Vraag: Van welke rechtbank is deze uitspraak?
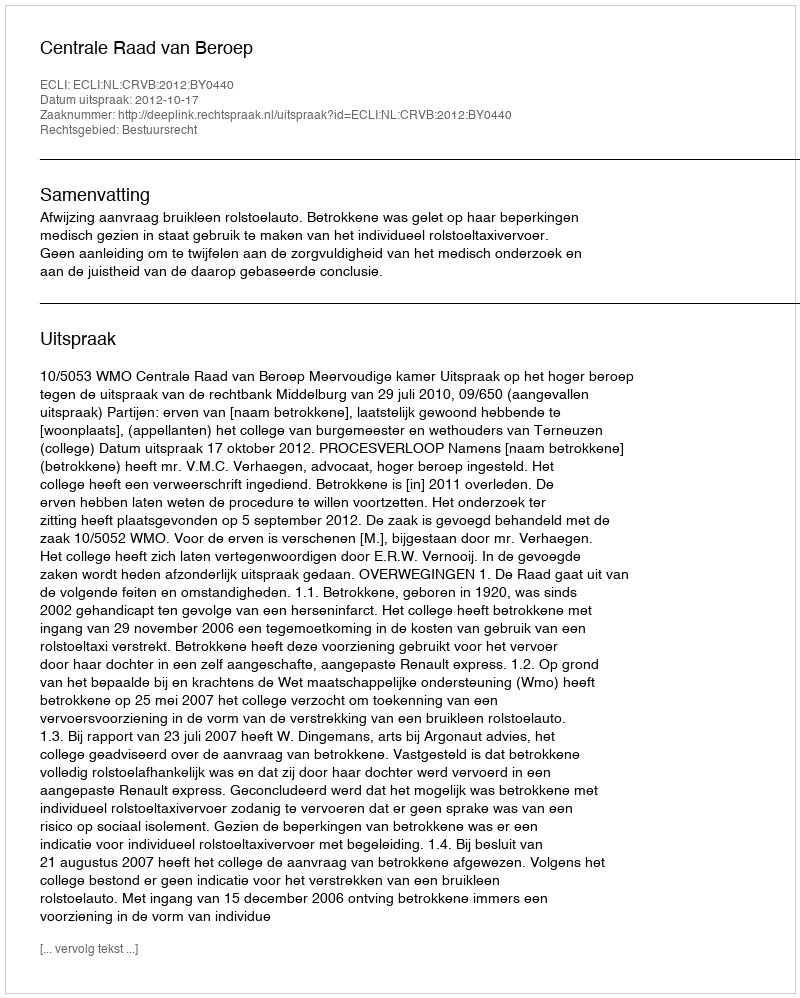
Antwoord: Centrale Raad van Beroep